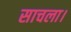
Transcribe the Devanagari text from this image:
साचला।